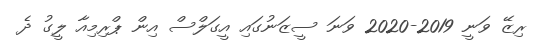
ރިޒޭ ވަނީ 2019-2020 ވަނަ ސީޒަނުގައި އީގަލްސް އިން ޕްރިމިއާ ލީގު ދެ